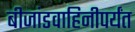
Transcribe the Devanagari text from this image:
बीजांडवाहिनीपर्यंत